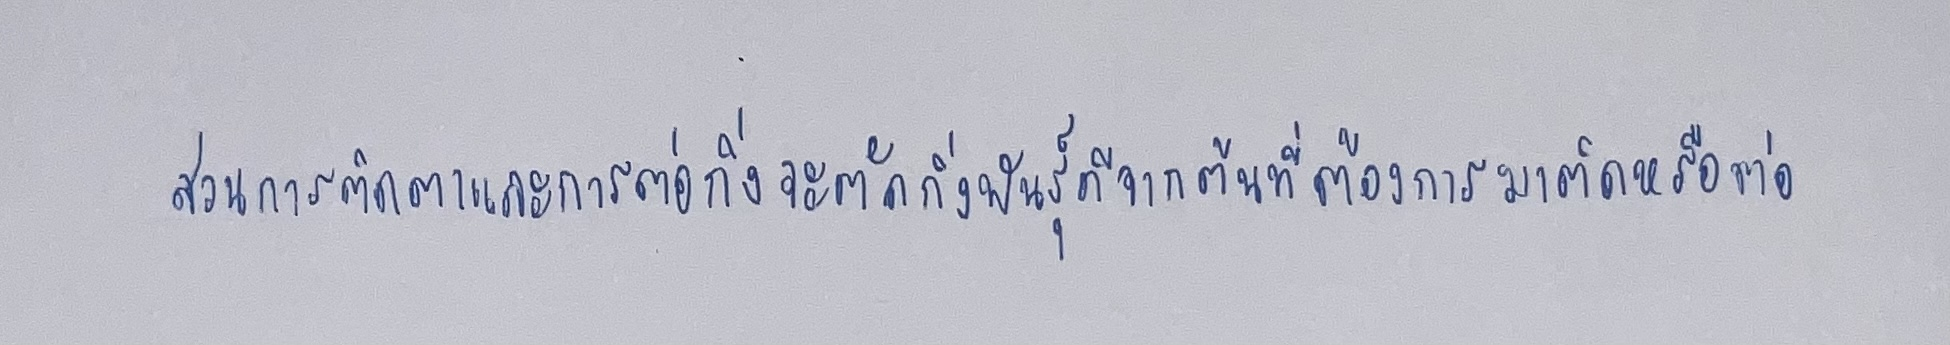
ส่วนการติดตาและการต่อกิ่งจะตัดกิ่งพันธุ์ดีจากต้นที่ต้องการมาติดหรือต่อ